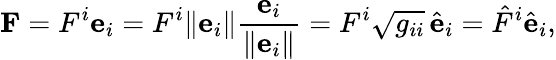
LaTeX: \mathbf{F}=F^{i}\mathbf{e}_{i}=F^{i}{\lVert{\mathbf{e}_{i}}\rVert}{\frac{\mathbf{e}_{i}}{\lVert{\mathbf{e}_{i}}\rVert}}=F^{i}{\sqrt{g_{ii}}}\, {\hat{\mathbf{e}}}_{i}={\hat{F}}^{i}{\hat{\mathbf{e}}}_{i},